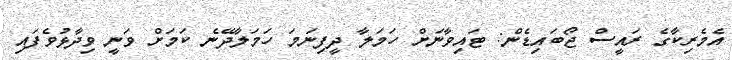
އެމެރިކާގެ ރައީސް ޖޯބައިޑެން: ޓައިވާނަށް ހަމަލާ ދީފިނަމަ ހަމަލާދޭނެ ކަމަށް ވަނީ ވިދާޅުވެފައި